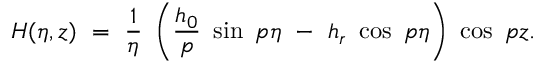
H ( \eta , z ) ~ = ~ \frac 1 \eta ~ \left( \frac { h _ { 0 } } p ~ \sin ~ p \eta ~ - ~ h _ { r } ~ \cos ~ p \eta \right) ~ \cos ~ p z .